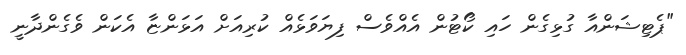
"ޕެޓިޝަންއާ ގުޅިގެން ހައި ކޯޓުން އެއްވެސް ފިޔަވަޅެއް ކުރިއަށް އަޅަންޏާ އެކަން ވެގެންދާނީ